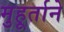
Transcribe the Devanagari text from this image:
मुहूर्ताने